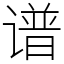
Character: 谱